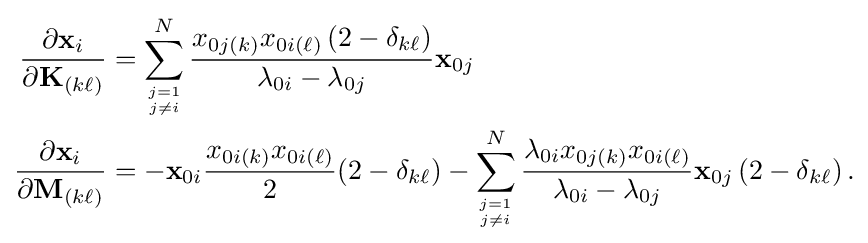
{\begin{aligned}{\frac {\partial \mathbf {x} _{i}}{\partial \mathbf {K} _{(k\ell )}}}&=\sum _{j=1 \atop j\neq i}^{N}{\frac {x_{0j(k)}x_{0i(\ell )}\left(2-\delta _{k\ell }\right)}{\lambda _{0i}-\lambda _{0j}}}\mathbf {x} _{0j}\\{\frac {\partial \mathbf {x} _{i}}{\partial \mathbf {M} _{(k\ell )}}}&=-\mathbf {x} _{0i}{\frac {x_{0i(k)}x_{0i(\ell )}}{2}}(2-\delta _{k\ell })-\sum _{j=1 \atop j\neq i}^{N}{\frac {\lambda _{0i}x_{0j(k)}x_{0i(\ell )}}{\lambda _{0i}-\lambda _{0j}}}\mathbf {x} _{0j}\left(2-\delta _{k\ell }\right).\end{aligned}}